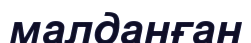
малданған